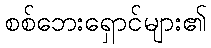
စစ်ဘေးရှောင်များ၏